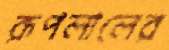
রূপলালের